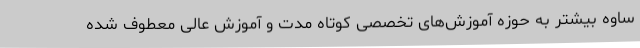
ساوه بیشتر به حوزه آموزش‌های تخصصی کوتاه مدت و آموزش عالی معطوف شده